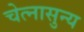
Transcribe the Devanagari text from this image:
चेत्नासुन्य